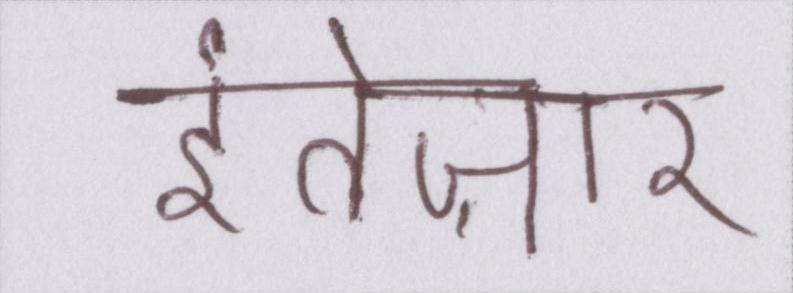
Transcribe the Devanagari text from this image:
इंतेज़ार